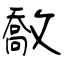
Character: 敿